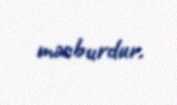
məcburdur.